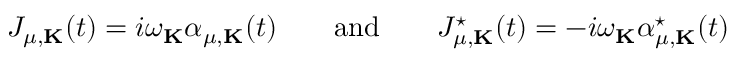
J _ { \mu , { \bf K } } ( t ) = i \omega _ { \bf K } \alpha _ { \mu , { \bf K } } ( t ) \qquad \mathrm { a n d } \qquad J _ { \mu , { \bf K } } ^ { \star } ( t ) = - i \omega _ { \bf K } \alpha _ { \mu , { \bf K } } ^ { \star } ( t )